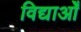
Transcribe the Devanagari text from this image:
विद्याओँ